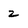
Character: 2